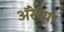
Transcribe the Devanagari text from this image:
ॲरेच्या